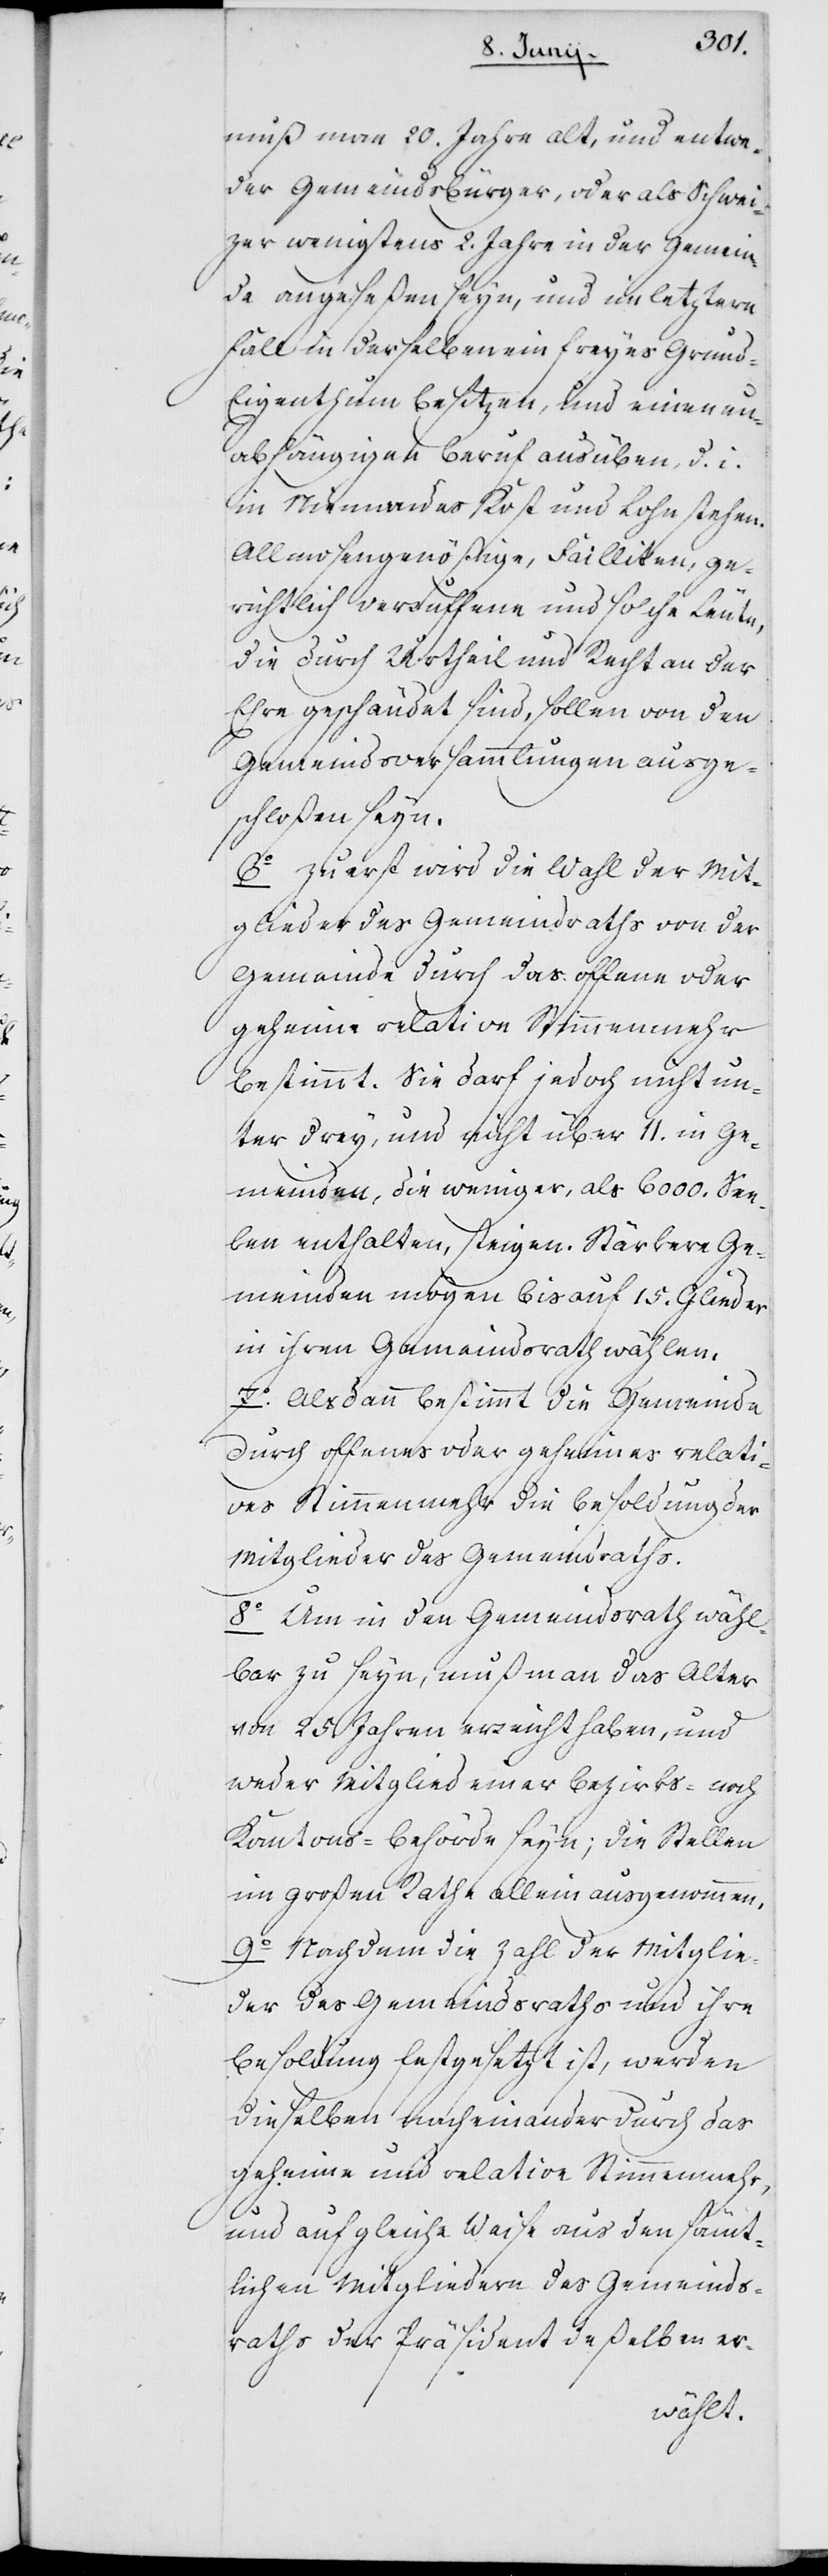
muß man 20. Jahre alt und entwe¬
der Gemeindsbürger oder als Schwei¬
zer wenigstens 2. Jahre in der Gemein¬
de angeseßen seyn, und im letztern
Fall in derselben ein freyes Grund-E¬
igenthum besitzen, und einen un¬
abhängigen Beruf ausüben, d. i.
in Niemandes Kost und Lohn stehen.
Allmosengenößige, Failliten, ge¬
richtlich verruffene und solche Leute,
die durch Urtheil und Recht an der
Ehre geschändet sind, sollen von den
Gemeindsversammlungen ausge¬
schloßen seyn.
6o Zuerst wird die Wahl der Mit¬
glieder des Gemeindsraths von der
Gemeinde durch das offene oder
geheime relative Stimmenmehr
bestimmt. Sie darf jedoch nicht un¬
ter drey, und nicht über 11. in Ge¬
meinden, die weniger, als 6000. See¬
len enthalten, steigen. Stärkere Ge¬
meinden mögen bis auf 15. Glieder
in ihren Gemeindsrath wählen.
7o. Alsdann bestimmt die Gemeinde
durch offenes oder geheimes relati¬
ves Stimmenmehr die Besoldung der
Mitglieder des Gemeindraths.
8o Um in den Gemeindsrath wähl¬
bar zu seyn, muß man das Alter
von 25. Jahren erreicht haben, und
weder Mitglied einer Bezirks- noch
Kantons-Behörde seyn; die Stellen
im großen Rathe allein ausgenommen.
9o Nachdem die Zahl der Mitglie¬
der des Gemeindsraths und ihre
Besoldung festgesetzt ist, werden
dieselben nacheinander durch das
geheime und relative Stimmenmehr,
und auf gleiche Weise aus den sämt¬
lichen Mitgliedern des Gemeinds¬
raths der Präsident deßelben er-